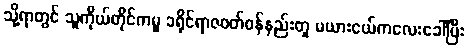
သို့ရာတွင် သူကိုယ်တိုင်ကမူ ခရိုင်ရာဇဝတ်ဝန်နည်းတူ မယားငယ်ကလေးခေါ်ပြီး